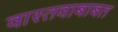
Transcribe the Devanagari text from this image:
वास्तवाबाबत